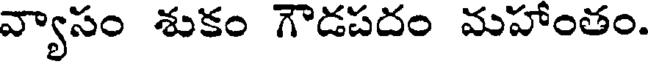
వ్యాసం శుకం గౌడపదం మహాంతం.